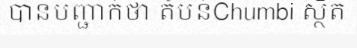
បានបញ្ជាក់ថា តំបន់Chumbi ស្ថិត